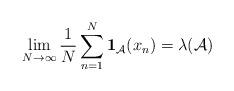
LaTeX: \begin{align*} \lim_{N\to\infty}\frac{1}{N}\sum_{n=1}^N\mathbf{1}_{\mathcal{A}}(x_n)=\lambda(\mathcal{A})\end{align*}